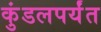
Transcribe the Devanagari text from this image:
कुंडलपर्यंत